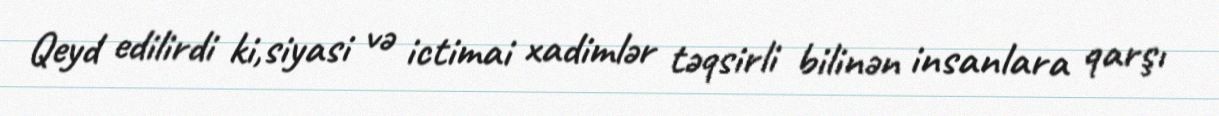
Qeyd edilirdi ki,siyasi və ictimai xadimlər təqsirli bilinən insanlara qarşı